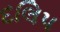
દલિપ